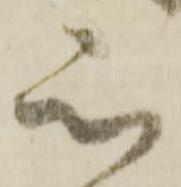
被